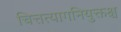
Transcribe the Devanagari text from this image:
चित्तत्यागनियुक्तश्च